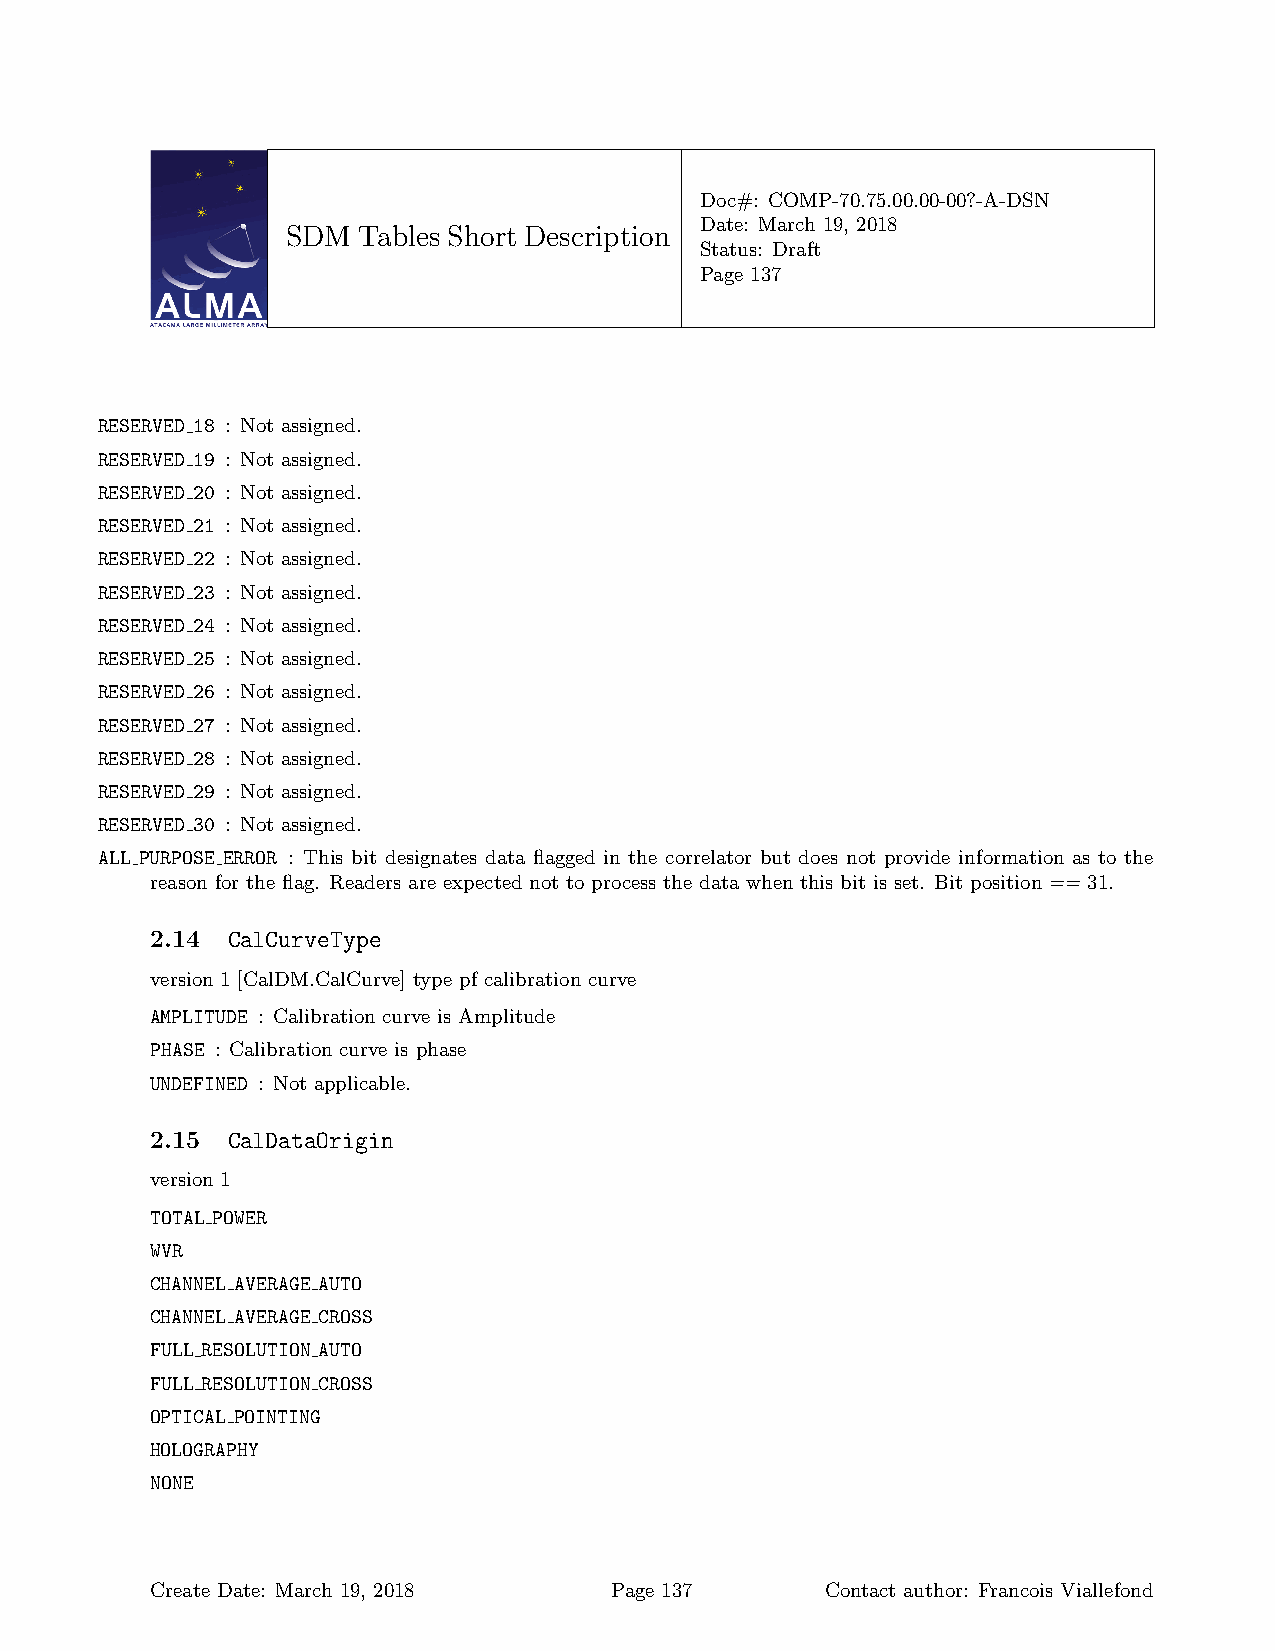
Doc#: COMP-70.75.00.00-00?-A-DSN
 Date: March 19, 2018
 SDM  Tables Short Description
 Status: Draft
 Page 137
 RESERVED 18 : Not assigned.
 RESERVED 19 : Not assigned.
 RESERVED 20 : Not assigned.
 RESERVED 21 : Not assigned.
 RESERVED 22 : Not assigned.
 RESERVED 23 : Not assigned.
 RESERVED 24 : Not assigned.
 RESERVED 25 : Not assigned.
 RESERVED 26 : Not assigned.
 RESERVED 27 : Not assigned.
 RESERVED 28 : Not assigned.
 RESERVED 29 : Not assigned.
 RESERVED 30 : Not assigned.
 ALL PURPOSE ERROR : This bit designates data flagged in the correlator but does not provide information as to the
 reason for the flag. Readers are expected not to process the data when this bit is set. Bit position ==31.
 2.14 CalCurveType
 version 1 [CalDM.CalCurve] type pf calibration curve
 AMPLITUDE : Calibration curve is Amplitude
 PHASE : Calibration curve is phase
 UNDEFINED : Not applicable.
 2.15 CalDataOrigin
 version 1
 TOTAL POWER
 WVR
 CHANNEL AVERAGE AUTO
 CHANNEL AVERAGE CROSS
 FULL RESOLUTION AUTO
 FULL RESOLUTION CROSS
 OPTICAL POINTING
 HOLOGRAPHY
 NONE
 Create Date: March 19, 2018   Page 137       Contact author: Francois Viallefond